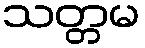
သတ္တမ